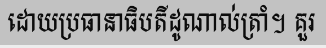
ដោយប្រធានាធិបតីដូណាល់ត្រាំ។ គួរ